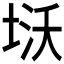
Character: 𭎨